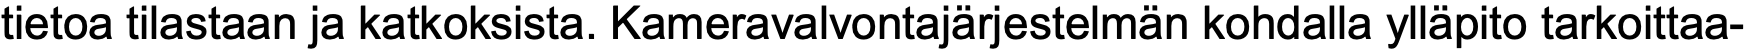
tietoa tilastaan ja katkoksista. Kameravalvontajärjestelmän kohdalla ylläpito tarkoittaa-